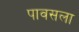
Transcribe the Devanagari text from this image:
पावसला